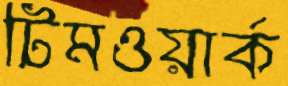
টিমওয়ার্ক